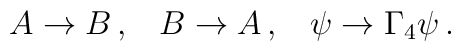
A \rightarrow B \, , \;\;\; B \rightarrow A \, , \;\;\; \psi \rightarrow \Gamma_4 \psi \, .